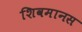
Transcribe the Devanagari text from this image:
शिवमानस